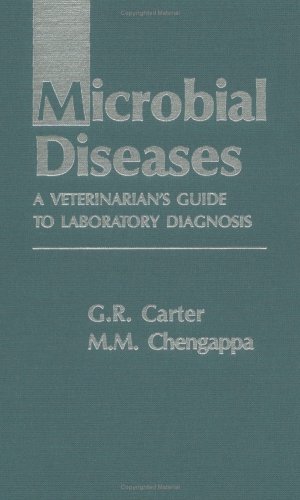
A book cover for Microbial Diseases; Gordon Carter; Medical Books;